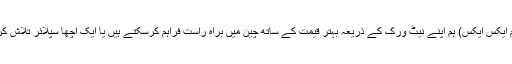
ایکس این ایم ایکس ایکس) ہم اپنے نیٹ ورک کے ذریعہ بہتر قیمت کے ساتھ چین میں براہ راست فراہم کرسکتے ہیں یا ایک اچھا سپلائر تلاش کرسکتے ہیں۔